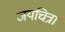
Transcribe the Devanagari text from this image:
जयचित्रा